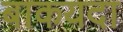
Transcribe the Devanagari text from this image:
बाकयदा